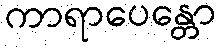
ကာရာပေန္တော